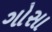
ગોસા